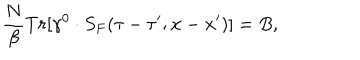
LaTeX: \frac { N } { \beta } T r [ \gamma ^ { 0 } \cdot S _ { F } ( \tau - \tau ^ { \prime } ; { \bf x } - { \bf x } ^ { \prime } ) ] = B ,